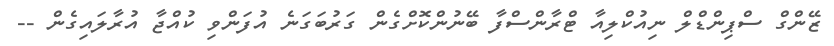
ޒޭންގް ސްޕިންޑްލް ނިއުކްލިއާ ޓްރާންސްފާ ބޭނުންކޮށްގެން ގަރުބަގަނެ އުފަންވި ކުއްޖާ އުރާލައިގެން --